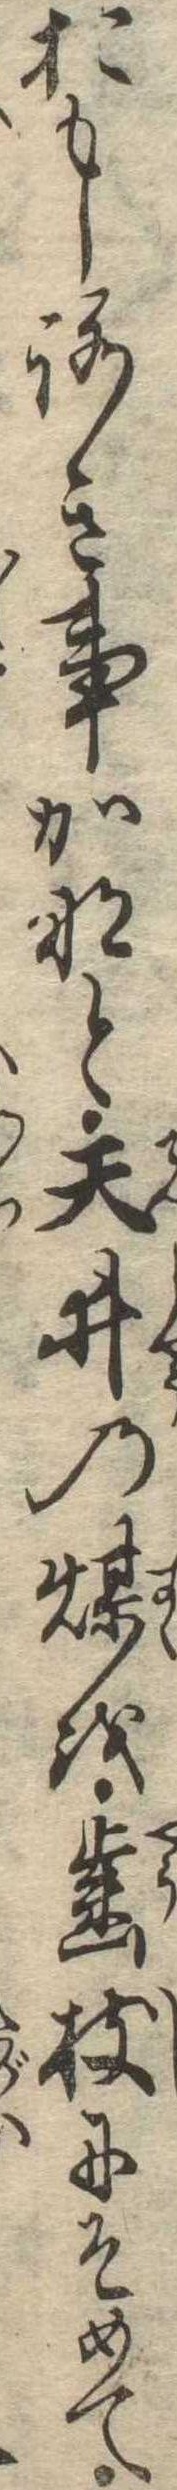
おもしろき事かなと天井の煤を歯枝にそめて